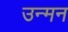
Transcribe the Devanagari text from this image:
उन्मन